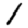
Digit: 1